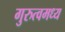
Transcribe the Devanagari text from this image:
गुरुत्वमध्य